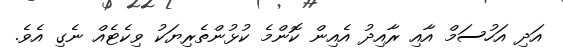
އަދި އަހުސަމް އާއި ރާއިދު އެއިން ކޮންމެ ކުޅުންތެރިޔަކު ވިކެޓެއް ނެގި އެވެ.